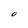
Character: O